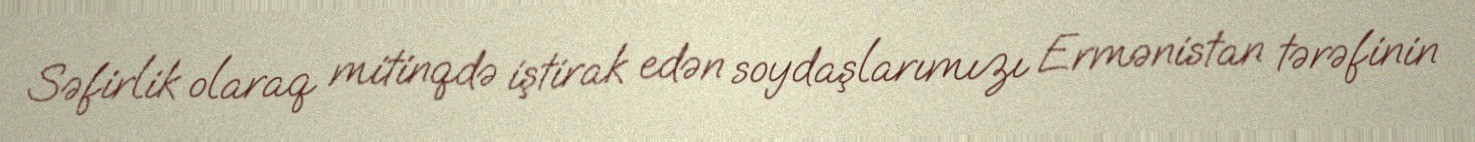
Səfirlik olaraq mitinqdə iştirak edən soydaşlarımızı Ermənistan tərəfinin